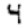
Digit: 4